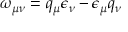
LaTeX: \omega _ { \mu \nu } = q _ { \mu } \epsilon _ { \nu } - \epsilon _ { \mu } q _ { \nu }